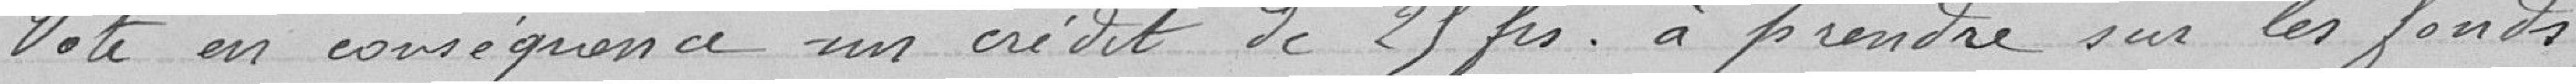
Vote en conséquence un crédit de 25 francs à prendre sur les fonds